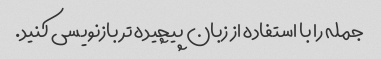
جمله را با استفاده از زبان پیچیده تر بازنویسی کنید.